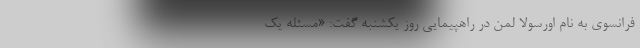
فرانسوی به نام اورسولا لمن در راهپیمایی روز یکشنبه گفت: «مسئله یک